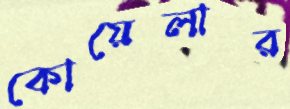
কোয়েলার